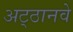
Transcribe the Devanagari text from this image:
अट्‍ठानवे